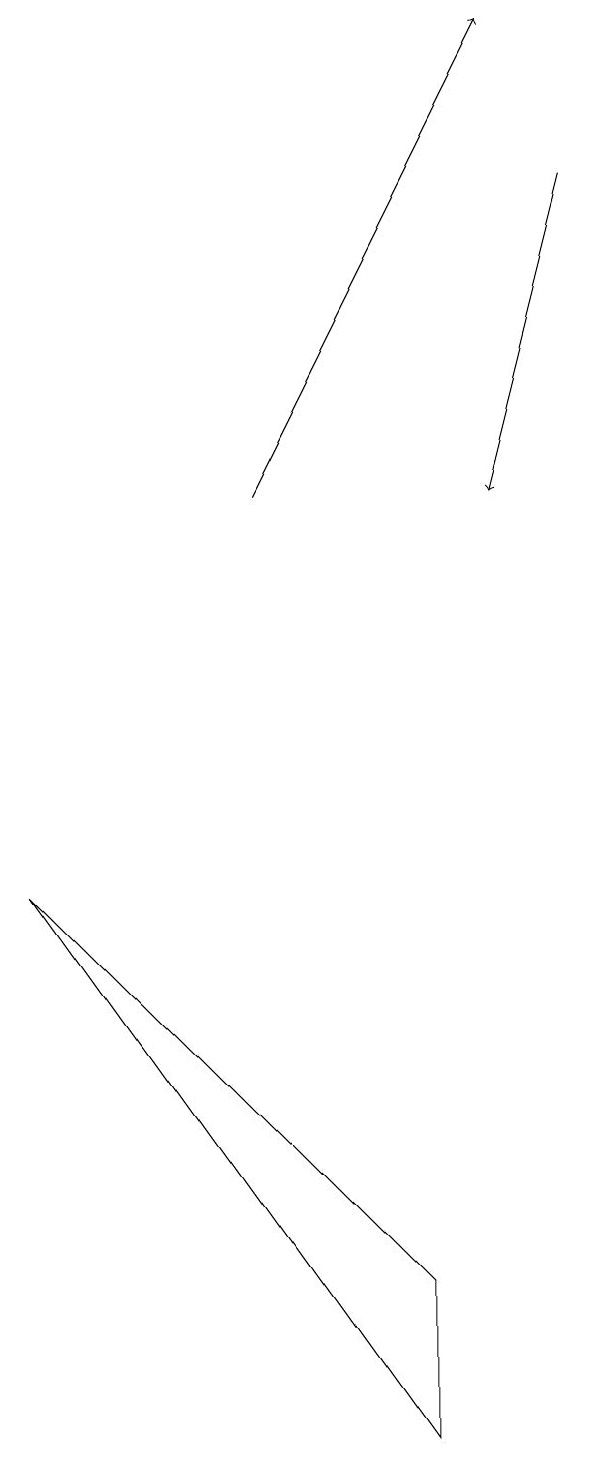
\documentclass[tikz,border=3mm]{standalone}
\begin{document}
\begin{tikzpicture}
\draw (5,3) -- (0,8) -- (5,1) -- cycle;
\draw[->] (3,13) -- (6,19);
\draw[->] (7,17) -- (6,13);
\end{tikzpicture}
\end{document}